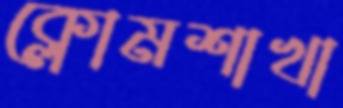
ক্লোমশাখা